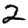
Digit: 2